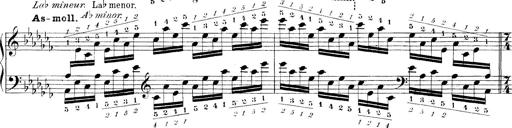
Title: Technische Studien
Composer: Franz Liszt